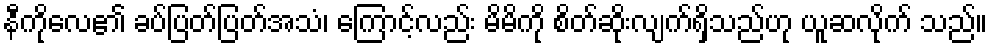
နီကိုလေ၏ ခပ်ပြတ်ပြတ်အသံ၊ ကြောင့်လည်း မိမိကို စိတ်ဆိုးလျက်ရှိသည်ဟု ယူဆလိုက် သည်။